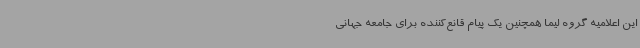
این اعلامیه گروه لیما همچنین یک پیام قانع‌کننده برای جامعه جهانی